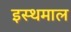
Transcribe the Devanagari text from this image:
इस्थमाल